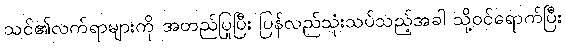
သင်၏လက်ရာများကို အတည်ပြုပြီး ပြန်လည်သုံးသပ်သည့်အခါ သို့ဝင်ရောက်ပြီး